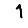
Digit: 1